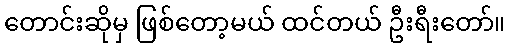
တောင်းဆိုမှ ဖြစ်တော့မယ် ထင်တယ် ဦးရီးတော်။